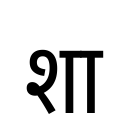
OCR:
शा